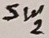
Text: Sw2